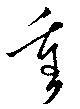
重